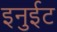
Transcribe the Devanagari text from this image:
इनुईट